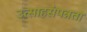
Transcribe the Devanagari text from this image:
उत्साहसंपन्नता